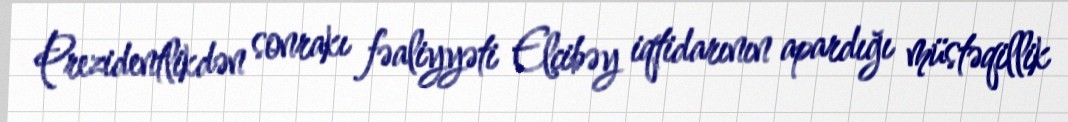
Prezidentlikdən sonrakı fəaliyyəti Elçibəy iqtidarının apardığı müstəqillik